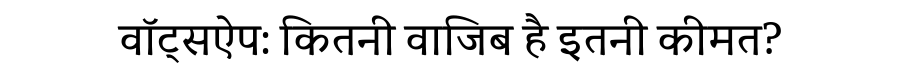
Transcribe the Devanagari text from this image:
वॉट्सऐप: कितनी वाजिब है इतनी कीमत?